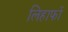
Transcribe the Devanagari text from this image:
लिहाफों